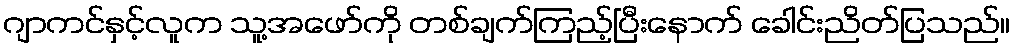
ဂျာကင်နှင့်လူက သူ့အဖော်ကို တစ်ချက်ကြည့်ပြီးနောက် ခေါင်းညိတ်ပြသည်။